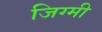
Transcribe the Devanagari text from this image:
जिग्मी